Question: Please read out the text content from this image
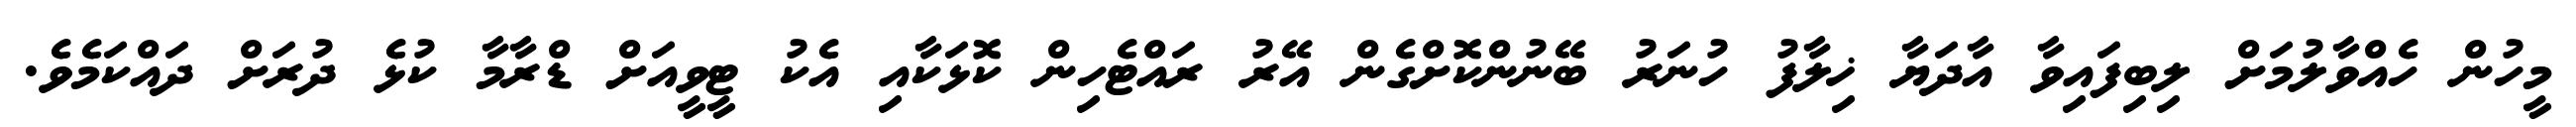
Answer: މީހުން ހެއްވާލުމަށް ލިބިފައިވާ އާދަޔާ ޚިލާފު ހުނަރު ބޭނުންކޮށްގެން އޭރު ރައްޓެހިން ކޮޅަކާއި އެކު ޓީވީއަށް ޑްރާމާ ކުޅެ ދުރަށް ދައްކަމެވެ.